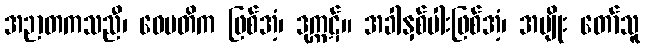
အဉာတကသညီ၊ ဝေမတိက ဖြစ်အံ့၊ ဒုက္ကဋ်။ အခါနှစ်ပါးဖြစ်အံ့၊ အမျိုး တော်သူ